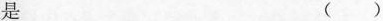
是 ()